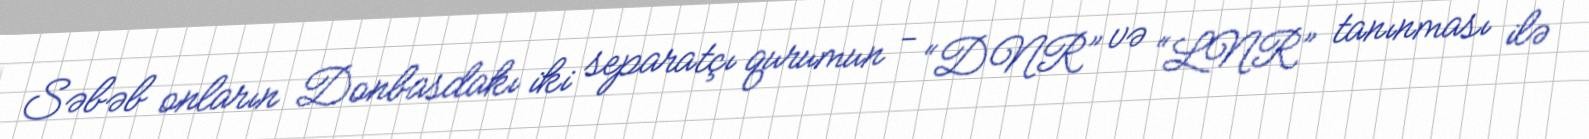
Səbəb onların Donbasdakı iki separatçı qurumun - “DNR” və “LNR” tanınması ilə